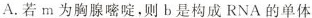
A.若m为胸腺嘧啶，则b是构成RNA的单体